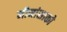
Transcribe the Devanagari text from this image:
मीमांसाकाे